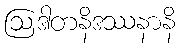
ဩဒါတနိဒဿနာနိ